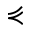
\curlyeqprec